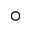
^ { \circ }